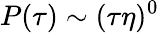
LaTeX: P(\tau)\sim(\tau\eta)^{0}